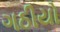
ગઠીયો